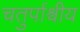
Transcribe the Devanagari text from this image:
चतुर्पाश्वीय